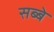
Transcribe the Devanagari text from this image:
सब्बे